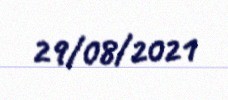
29/08/2021